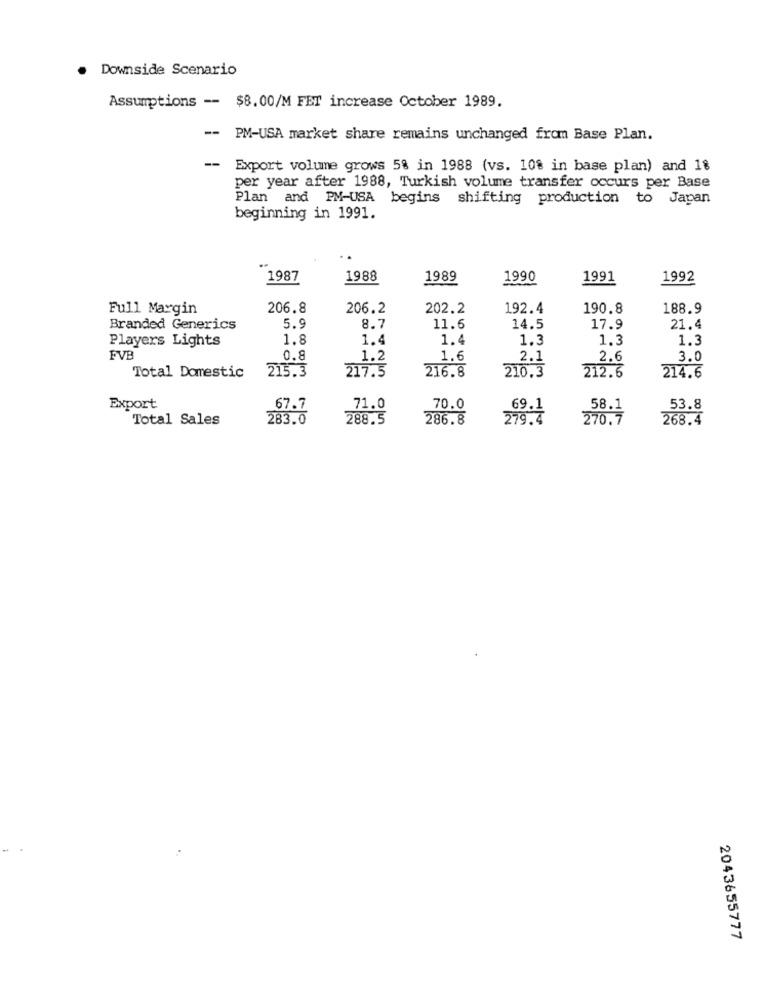
Downside Scenario
Assumptions -- $8.00/M FET increase October 1989.
-- PM-USA market share remains unchanged from Base Plan.
-
Export volume grows 5% in 1988 (vs. 108 in base plan) and 1%
per year after 1988, Turkish volume transfer occurs per Base
Plan and PM-USA begins shifting production to Japan
beginning in 1991.
--
1987
1988
1989
1990
1991
1992
Full Margin
206.8
206.2
202.2
192.4
190.8
188.9
Branded Generics
5.
3.7
11.6
14.5
17.9
21.4
Players Lights
1.8
1.4
1.4
1.3
1.3
1.3
FVB
0.8
1.2
1.6
2.1
2.6
3.0
Total Domestic
217.5
216.8
210.3
212.6
214.6
215.3
Export
67.7
71.0
70.0
69.1
58.1
53.8
Total Sales
283.0
288.5
286.8
279.4
270.7
268.4
2043655777